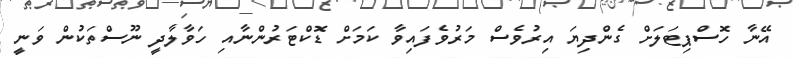
އޭނާ ހޮސްޕިޓަލަށް ގެންދިޔަ އިރުވެސް މަރުވެފައިވާ ކަމަށް ޑޮކްޓަރުންނާއި ހަވާލާދީ ނޫސްތަކުން ވަނީ